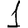
Digit: 1